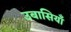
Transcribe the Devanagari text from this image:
उबासियाँ